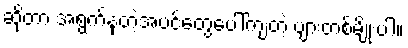
ဆိုတာ အရွက်နုတဲ့အပင်တွေပေါ်ကျတဲ့ ပျားတစ်မျိုးပါ။